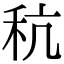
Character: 秔